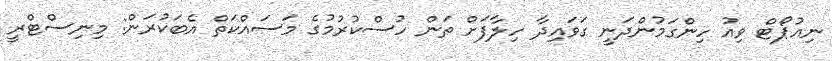
ނިއުޕޯޓް ވިއު ހިންގަމުންދަނީ ގަވައިދާ ހިލާފަށް ތަން ހުސްކުރުމުގެ މަސައްކަތް އެބަކުރަން: މިނިސްޓްރީ